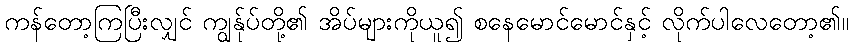
ကန်တော့ကြပြီးလျှင် ကျွန်ုပ်တို့၏ အိပ်များကိုယူ၍ စနေမောင်မောင်နှင့် လိုက်ပါလေတော့၏။